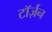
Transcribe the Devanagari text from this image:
टॉर्ज़न